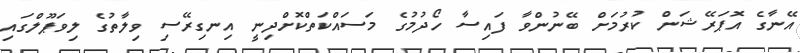
އޭނާގެ އޮޕަރޭޝަން ކުރުމަށް ބޭނުންވާ ފައިސާ ހޯދުމުގެ މަސައްކަތްކޮށްދިނީ އިނގިރޭސި ވިލާތުގެ ލިވަޕޫލްގައި